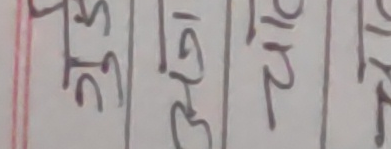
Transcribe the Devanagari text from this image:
३५ १६ २१